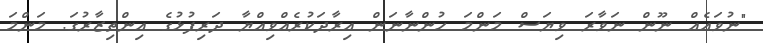
"ނުވައެއް ނޫން ނަވާރަ ވިޔަސް މަންމަ ހުންނާނަން އިރާދަކުރެއްވިއްޔާ ދަރިފުޅުގެ އިންތިޒާރުގަ. މަންމަ